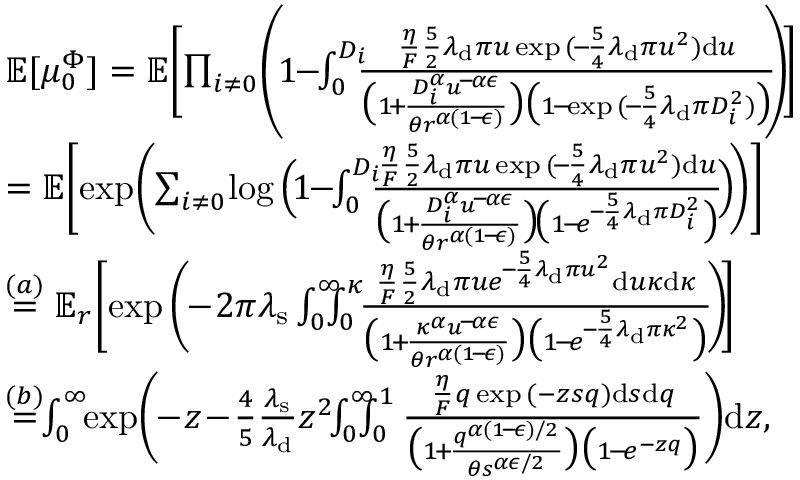
\begin{array} { r l } & { \mathbb { E } [ \mu _ { 0 } ^ { \Phi } ] = \mathbb { E } \Bigg [ \! \prod _ { i \neq 0 } \! \left( \! 1 \! \! - \! \! \int _ { 0 } ^ { D _ { i } } \! \! \! \frac { \frac { \eta } { F } \frac { 5 } { 2 } \lambda _ { \mathrm { d } } \pi u \exp { ( \! - \! \frac { 5 } { 4 } \lambda _ { \mathrm { d } } \pi u ^ { 2 } ) } \mathrm { d } u } { \big ( 1 \! + \! \frac { D _ { i } ^ { \alpha } u ^ { \! - \! \alpha \epsilon } } { \theta r ^ { \alpha ( 1 \! - \! \epsilon ) } } \big ) \big ( 1 \! - \! \exp { ( \! - \! \frac { 5 } { 4 } \lambda _ { \mathrm { d } } } \pi D _ { i } ^ { 2 } ) \big ) } \! \! \right) \! \! \Bigg ] } \\ & { = \mathbb { E } \Bigg [ \! \exp \! \bigg ( \! \sum _ { i \neq 0 } \! \log \Big ( \! 1 \! \! - \! \! \int _ { 0 } ^ { D _ { i } } \! \! \! \frac { \frac { \eta } { F } \frac { 5 } { 2 } \lambda _ { \mathrm { d } } \pi u \exp { ( \! - \! \frac { 5 } { 4 } \lambda _ { \mathrm { d } } \pi u ^ { 2 } ) } \mathrm { d } u } { \big ( 1 \! + \! \frac { D _ { i } ^ { \alpha } u ^ { \! - \! \alpha \epsilon } } { \theta r ^ { \alpha ( 1 \! - \! \epsilon ) } } \big ) \! \big ( 1 \! - \! e ^ { \! - \! \frac { 5 } { 4 } \lambda _ { \mathrm { d } } \pi D _ { i } ^ { 2 } } \big ) } \! \Big ) \! \bigg ) \Bigg ] } \\ & { \stackrel { ( a ) } { = } \mathbb { E } _ { r } \Bigg [ \! \exp { \Bigg ( \! \! - \! 2 \pi \lambda _ { \mathrm { s } } \int _ { 0 } ^ { \infty } \! \! \! \! \int _ { 0 } ^ { \kappa } \! \! \frac { \frac { \eta } { F } \frac { 5 } { 2 } \lambda _ { \mathrm { d } } \pi u e ^ { \! - \! \frac { 5 } { 4 } \lambda _ { \mathrm { d } } \pi u ^ { 2 } } \mathrm { d } u \kappa \mathrm { d } \kappa } { \big ( 1 \! + \! \frac { \kappa ^ { \alpha } u ^ { \! - \! \alpha \epsilon } } { \theta r ^ { \alpha ( 1 \! - \! \epsilon ) } } \big ) \big ( 1 \! - \! e ^ { \! - \! \frac { 5 } { 4 } \lambda _ { \mathrm { d } } \pi \kappa ^ { 2 } } \big ) } \! \Bigg ) \! } \Bigg ] } \\ & { \stackrel { ( b ) } { = } \! \! \int _ { 0 } ^ { \infty } \! \! \exp { \! \Bigg ( \! \! - \! z \! - \! \frac { 4 } { 5 } \frac { \lambda _ { \mathrm { s } } } { \lambda _ { \mathrm { d } } } z ^ { 2 } \! \! \int _ { 0 } ^ { \infty } \! \! \! \! \int _ { 0 } ^ { 1 } \frac { \frac { \eta } { F } q \exp { ( - z s q ) } \mathrm { d } s \mathrm { d } q } { \big ( 1 \! + \! \frac { q ^ { \alpha ( 1 \! - \! \epsilon ) / 2 } } { \theta s ^ { \alpha \epsilon / 2 } } \big ) \big ( 1 \! - \! e ^ { - z q } \big ) } \Bigg ) } \mathrm { d } z , } \end{array}